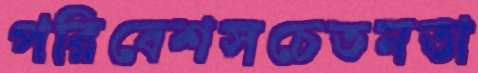
পরিবেশসচেতনতা